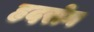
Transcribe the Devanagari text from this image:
हृदरोग